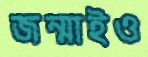
জন্মাইও